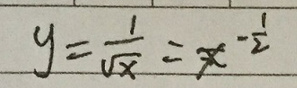
\[
y = \frac{1}{\sqrt{x}}=x^{-\frac{1}{2}}
\]